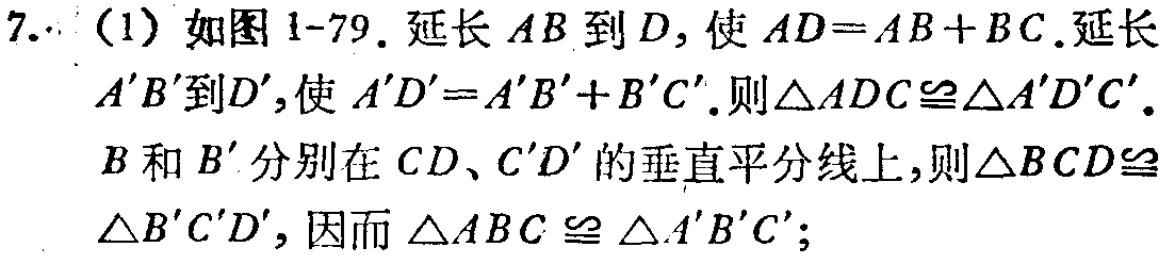
7. （1）如图1-79. 延长 \(AB\) 到 \(D\)，使 \(AD = AB + BC\). 延长 \(A'B'\) 到 \(D'\)，使 \(A'D'=A'B'+B'C'\). 则 \(\triangle ADC\cong\triangle A'D'C'\). \(B\) 和 \(B'\) 分别在 \(CD\)、\(C'D'\) 的垂直平分线上，则 \(\triangle BCD\cong\triangle B'C'D'\)，因而 \(\triangle ABC\cong\triangle A'B'C'\);